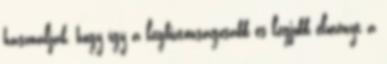
használják, hogy így a legbiztonságosabb és legjobb élményt a